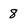
Character: 8